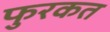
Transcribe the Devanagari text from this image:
फुरकत